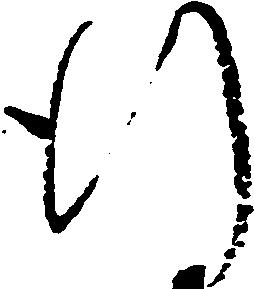
行